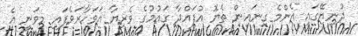
ދުނިޔޭގައި އެންމެ ގިނައިން ތެޔޮ އުފައްދާ ގައުމުގެ ވެރިޔާ އަވަހާރަވެފައި މިވަނީ އެ